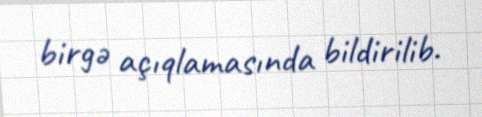
birgə açıqlamasında bildirilib.